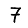
Digit: 7